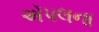
ઍપલના